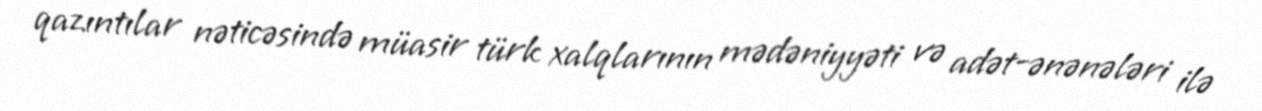
qazıntılar nəticəsində müasir türk xalqlarının mədəniyyəti və adət-ənənələri ilə